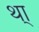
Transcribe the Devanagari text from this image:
था्